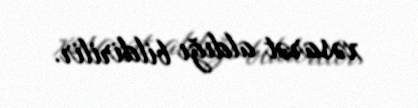
xəsarət aldığı bildirilir.